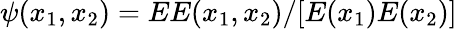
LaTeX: \psi(x_{1},x_{2})=EE(x_{1},x_{2})/[E(x_{1})E(x_{2})]